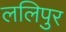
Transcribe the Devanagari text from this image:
ललिपुर